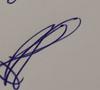
Signature authenticity: genuine